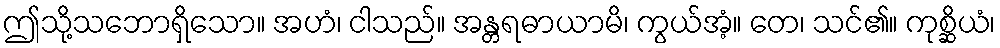
ဤသို့သဘောရှိသော။ အဟံ၊ ငါသည်။ အန္တရဓာယာမိ၊ ကွယ်အံ့။ တေ၊ သင်၏။ ကုစ္ဆိယံ၊